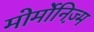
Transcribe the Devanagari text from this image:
मोर्मोनिज्‍़म